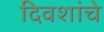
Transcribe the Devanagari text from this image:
दिवशांचे